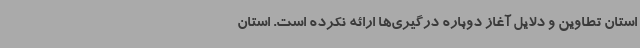
استان تطاوین و دلایل آغاز دوباره درگیری‌ها ارائه نکرده است. استان